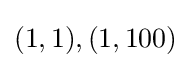
(1,1),(1,100)